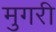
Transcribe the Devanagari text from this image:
मुगरी